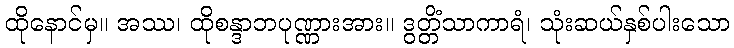
ထိုနောင်မှ။ အဿ၊ ထိုစန္ဒာဘပုဏ္ဏားအား။ ဒွတ္တိံသာကာရံ၊ သုံးဆယ်နှစ်ပါးသော